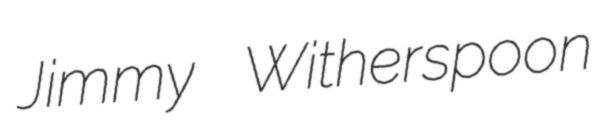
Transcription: Jimmy Witherspoon